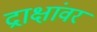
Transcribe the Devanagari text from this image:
द्राक्षांवर